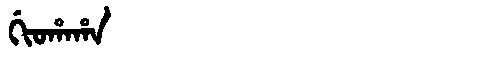
Manchu: ᡤᡳᠣᡥᠠᡥᠠ
Romanization: GIOHAHA